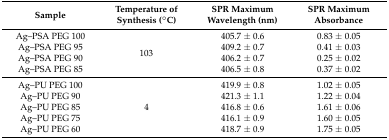
<table><thead><tr><td><b>Sample</b></td><td><b>Temperature of Synthesis (°C)</b></td><td><b>SPR Maximum Wavelength (nm)</b></td><td><b>SPR Maximum Absorbance</b></td></tr></thead><tbody><tr><td>Ag–PSA PEG 100</td><td rowspan="4">103</td><td>405.7 ± 0.6</td><td>0.83 ± 0.05</td></tr><tr><td>Ag–PSA PEG 95</td><td>409.2 ± 0.7</td><td>0.41 ± 0.03</td></tr><tr><td>Ag–PSA PEG 90</td><td>406.2 ± 0.7</td><td>0.25 ± 0.02</td></tr><tr><td>Ag–PSA PEG 85</td><td>406.5 ± 0.8</td><td>0.37 ± 0.02</td></tr><tr><td>Ag–PU PEG 100</td><td rowspan="5">4</td><td>419.9 ± 0.8</td><td>1.02 ± 0.05</td></tr><tr><td>Ag–PU PEG 90</td><td>421.3 ± 1.1</td><td>1.22 ± 0.04</td></tr><tr><td>Ag–PU PEG 85</td><td>416.8 ± 0.6</td><td>1.61 ± 0.06</td></tr><tr><td>Ag–PU PEG 75</td><td>416.1 ± 0.9</td><td>1.60 ± 0.05</td></tr><tr><td>Ag–PU PEG 60</td><td>418.7 ± 0.9</td><td>1.75 ± 0.05</td></tr></tbody></table>